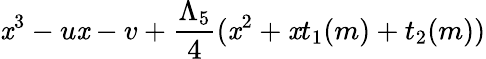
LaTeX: \mathit{x}^{3}-u\mathit{x}-v+{\frac{{\Lambda_{5}}}{{4}}}(\mathit{x}^{2}+\mathit{x}t_{1}(m)+t_{2}(m))